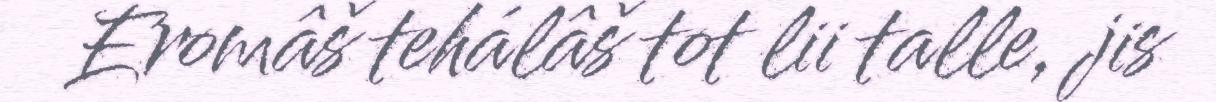
Eromâš tehálâš tot lii talle, jis